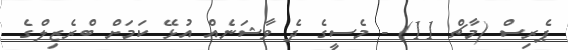
ޕެރިސް (މާޗް 11) - މެސީގެ ދެ ވާޝަނެއް އުޅޭ ކަމަށް ބްރެޒިލްގެ